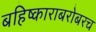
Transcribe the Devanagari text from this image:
बहिष्काराबरोबरच